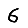
Digit: 6